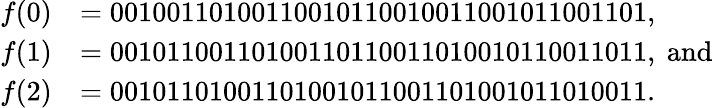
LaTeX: \begin{array}{rl}{f(0)}&{=00100110100110010110010011001011001101,}\\ {f(1)}&{=00101100110100110110011010010110011011,\mathrm{~and}}\\ {f(2)}&{=00101101001101001011001101001011010011.}\end{array}